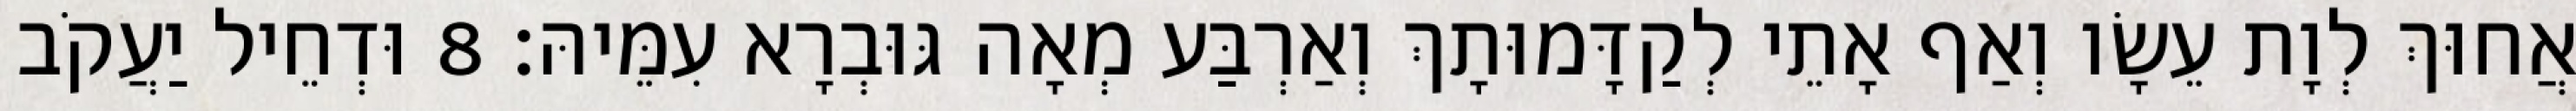
אֲחוּךְ לְוָת עֵשָׂו וְאַף אָתֵי לְקַדָּמוּתָךְ וְאַרְבַּע מְאָה גּוּבְרָא עִמֵּיהּ׃ 8 וּדְחֵיל יַעֲקֹב